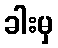
ခါးမှ